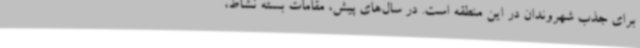
برای جذب شهروندان در این منطقه است. در سال‌های پیش، مقامات بسته نشاط،